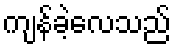
ကျန်ခဲ့လေသည်